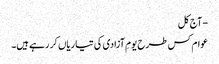
- آج کل
عوام کس طرح یومِ آزادی کی تیاریاں کر رہے ہیں۔